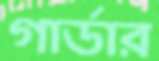
গার্ডার